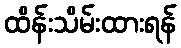
ထိန်းသိမ်းထားရန်